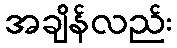
အချိန်လည်း